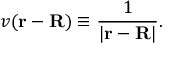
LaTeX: v ( \mathbf { r } - \mathbf { R } ) \equiv { \frac { 1 } { | \mathbf { r } - \mathbf { R } | } } .